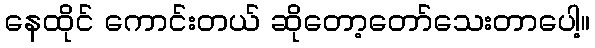
နေထိုင် ကောင်းတယ် ဆိုတော့တော်သေးတာပေါ့။